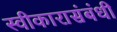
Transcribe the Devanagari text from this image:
स्वीकारासंबंधी